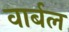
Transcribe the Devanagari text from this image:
वार्बल